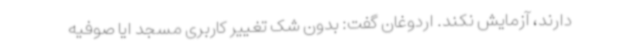
دارند، آزمایش نکند. اردوغان گفت: بدون شک تغییر کاربری مسجد ایا صوفیه